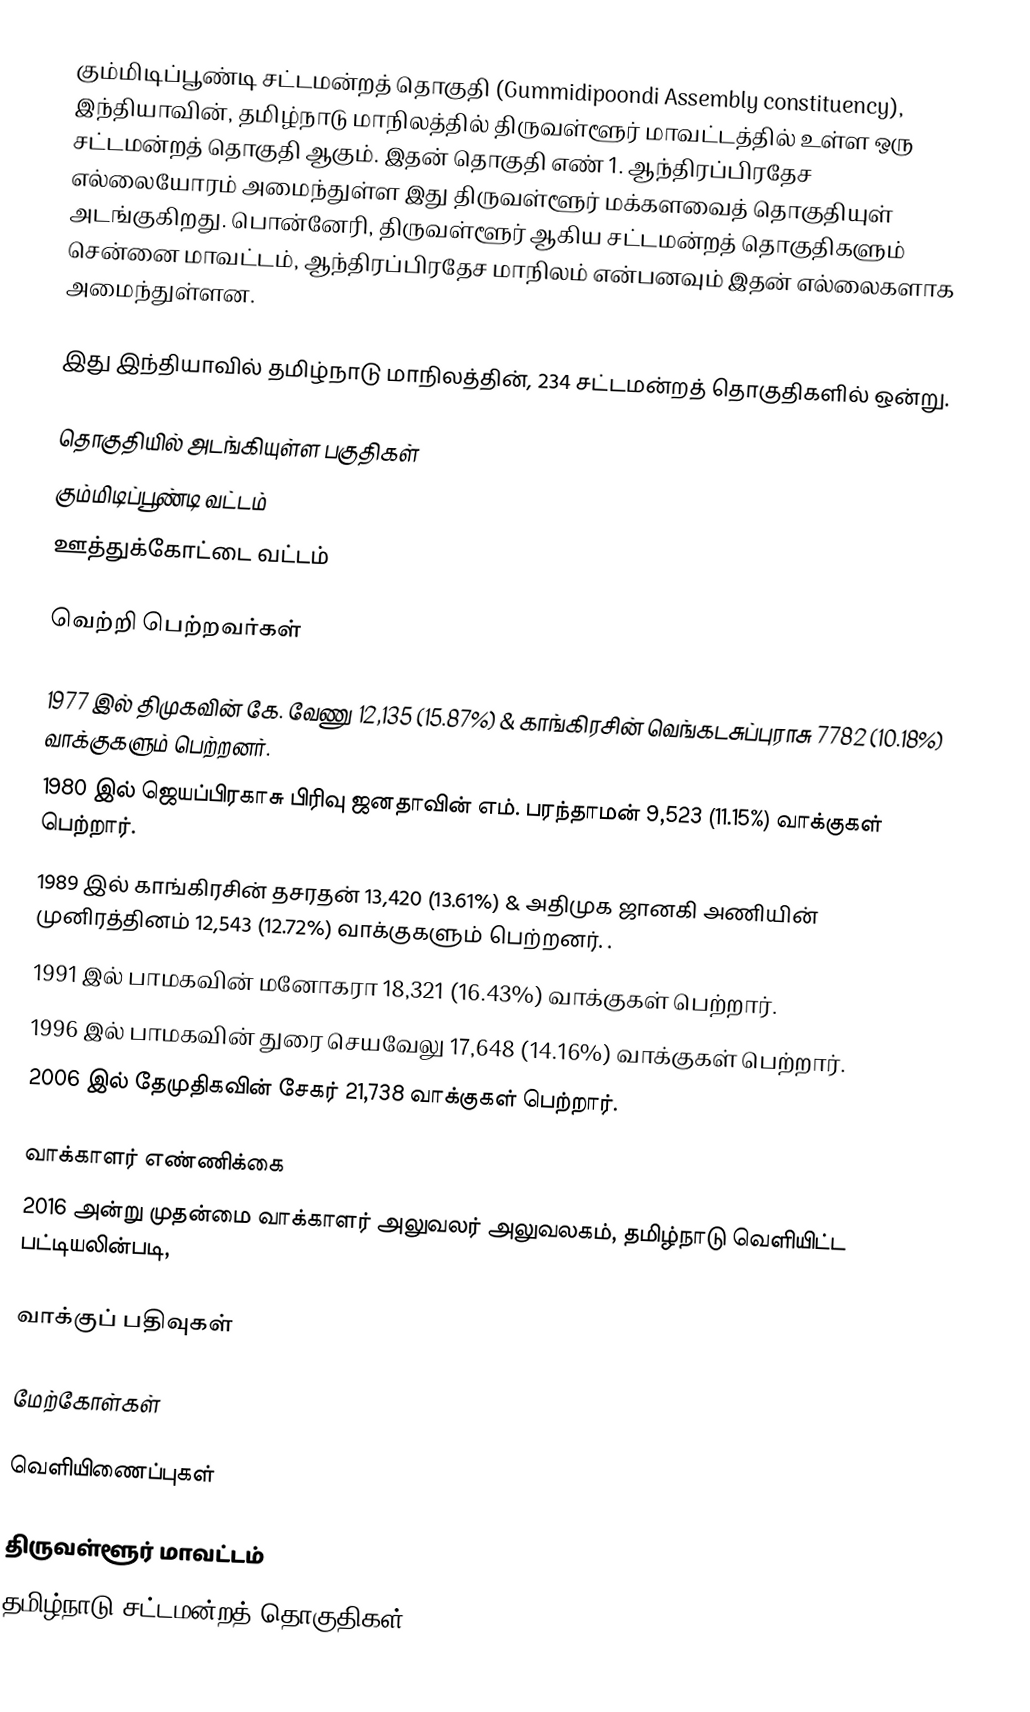
கும்மிடிப்பூண்டி சட்டமன்றத் தொகுதி (Gummidipoondi Assembly constituency), இந்தியாவின், தமிழ்நாடு மாநிலத்தில்  திருவள்ளூர் மாவட்டத்தில் உள்ள ஒரு சட்டமன்றத் தொகுதி ஆகும். இதன் தொகுதி எண் 1. ஆந்திரப்பிரதேச எல்லையோரம் அமைந்துள்ள இது திருவள்ளூர் மக்களவைத் தொகுதியுள் அடங்குகிறது. பொன்னேரி, திருவள்ளூர் ஆகிய சட்டமன்றத் தொகுதிகளும் சென்னை மாவட்டம், ஆந்திரப்பிரதேச மாநிலம் என்பனவும் இதன் எல்லைகளாக அமைந்துள்ளன.

இது இந்தியாவில் தமிழ்நாடு மாநிலத்தின், 234 சட்டமன்றத் தொகுதிகளில் ஒன்று.

தொகுதியில் அடங்கியுள்ள பகுதிகள்
கும்மிடிப்பூண்டி வட்டம்
ஊத்துக்கோட்டை வட்டம்

வெற்றி பெற்றவர்கள்

1977 இல் திமுகவின் கே. வேணு 12,135 (15.87%) & காங்கிரசின் வெங்கடசுப்புராசு 7782 (10.18%) வாக்குகளும் பெற்றனர்.
1980 இல் ஜெயப்பிரகாசு பிரிவு ஜனதாவின் எம். பரந்தாமன் 9,523 (11.15%) வாக்குகள் பெற்றார்.
1989 இல் காங்கிரசின் தசரதன் 13,420 (13.61%) & அதிமுக ஜானகி அணியின் முனிரத்தினம் 12,543 (12.72%) வாக்குகளும் பெற்றனர். .
1991 இல் பாமகவின் மனோகரா 18,321 (16.43%) வாக்குகள் பெற்றார்.
1996 இல் பாமகவின் துரை செயவேலு 17,648 (14.16%) வாக்குகள் பெற்றார்.
2006 இல் தேமுதிகவின் சேகர் 21,738 வாக்குகள் பெற்றார்.

வாக்காளர் எண்ணிக்கை
2016 அன்று முதன்மை வாக்காளர் அலுவலர் அலுவலகம், தமிழ்நாடு வெளியிட்ட பட்டியலின்படி,

வாக்குப் பதிவுகள்

மேற்கோள்கள்

வெளியிணைப்புகள்

திருவள்ளூர் மாவட்டம்
தமிழ்நாடு சட்டமன்றத் தொகுதிகள்